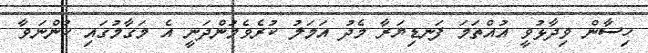
ހިސާން ވިދާޅުވީ އުއްތަމަ ފަނޑިޔަރާ މެދު އަމަލު ކުރެވެމުންދަނީ އެ މަގާމުގައި ހުންނަވާ